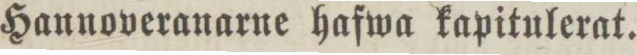
Hannoveranarne hafwa kapitulerat.